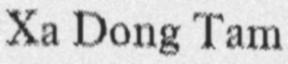
Xa Dong Tam